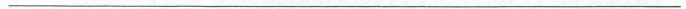
___